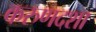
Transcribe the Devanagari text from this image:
करुणदशा